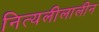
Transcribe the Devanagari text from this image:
नित्यलीलालीन